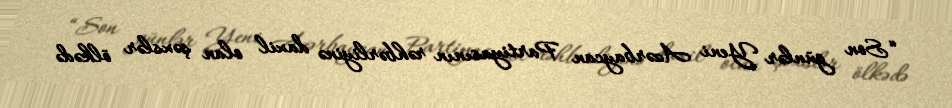
“Son günlər Yeni Azərbaycan Partiyasının rəhbərliyinə daxil olan şəxslər ölkədə